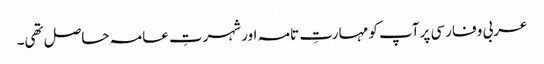
عربی و فارسی پر آپ کو مہارتِ تامہ اور شہرتِ عامہ حاصل تھی۔